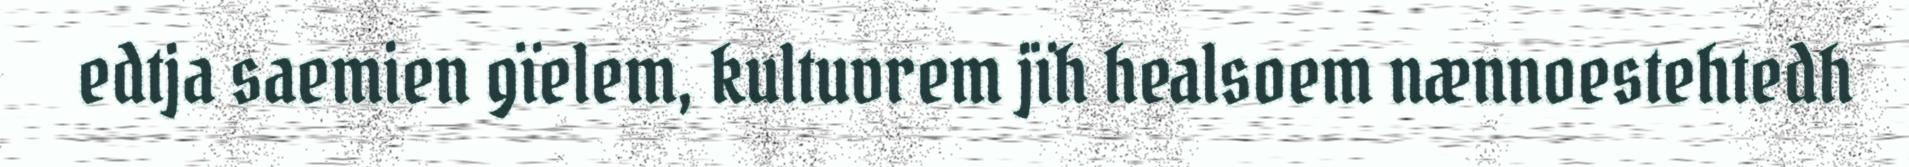
edtja saemien gïelem, kultuvrem jïh healsoem nænnoestehtedh